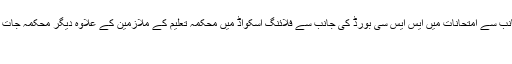
محکمہ تعلیم کی جانب سے امتحانات میں ایس ایس سی بورڈ کی جانب سے فلائنگ اسکواڈ میں محکمہ تعلیم کے ملازمین کے علاوہ دیگر محکمہ جات کے ملازمین و عہ
حیدرآباد۔